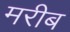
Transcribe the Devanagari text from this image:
मरीब